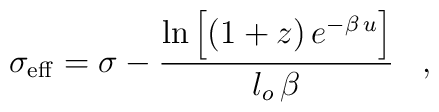
\sigma_{\rm eff}=\sigma-\frac{{\rm ln}\left[(1+z)\,e^{-\beta\,u}\right]}{l_o\,\beta}\,\,\,\,\,,\,\,\,\,\,